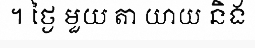
។ ថ្ងៃ មួយ តា យាយ និង